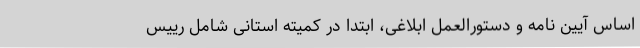
اساس آیین نامه و دستورالعمل ابلاغی، ابتدا در کمیته استانی شامل رییس